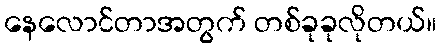
နေလောင်တာအတွက် တစ်ခုခုလိုတယ်။